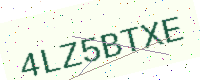
Text: 4LZ5BTXE